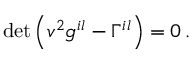
\operatorname* { d e t } \left( v ^ { 2 } g ^ { i l } - \Gamma ^ { i l } \right) = 0 \, .